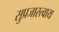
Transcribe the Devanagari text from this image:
सुप्रजास्त्वाय